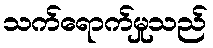
သက်ရောက်မှုသည်